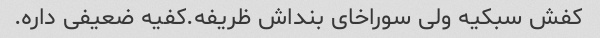
کفش سبکیه ولی سوراخای بنداش ظریفه.کفیه ضعیفی داره.